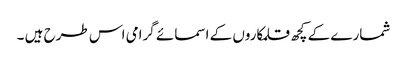
شمارے کے کچھ قلمکاروں کے اسمائے گرامی اس طرح ہیں ۔